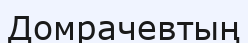
Домрачевтың